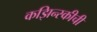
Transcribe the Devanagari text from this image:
कझिन्स्कीची